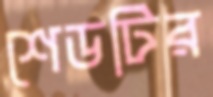
শেডটির